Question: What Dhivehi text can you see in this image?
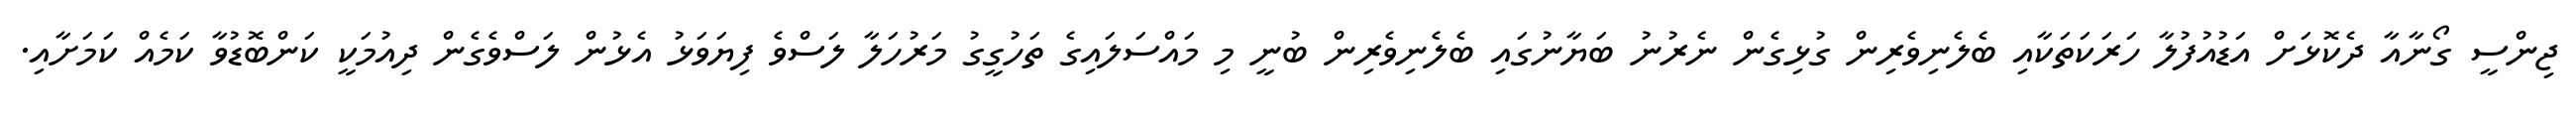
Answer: ޖިންސީ ގޯނާއާ ދެކޮޅަށް އަޑުއުފުލާ ހަރަކަތަކާއި ބެލެނިވެރިން ގުޅިގެން ނެރުނު ބަޔާނުގައި ބެލެނިވެރިން ބުނީ މި މައްސަލައިގެ ތަހުގީގު މަރުހަލާ ލަސްވެ ފިޔަވަޅު އެޅުން ލަސްވެގެން ދިއުމަކީ ކަންބޮޑުވާ ކަމެއް ކަމަށާއި.